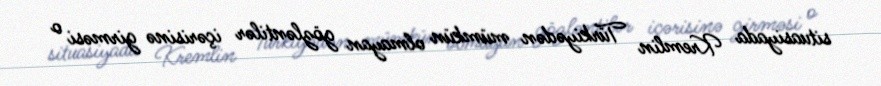
situasiyada Kremlin Türkiyədən mümkün olmayan gözləntilər içərisinə girməsi o